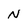
Character: N